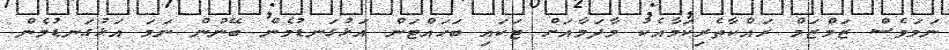
ނަމަވެސް ޒަމްޒަމް ރައްކާތެރިކަމާއެކު މާދަމާއަށް ޓަކައި ބަހައްޓަން އަޅުގަނޑުމެން ބޭނުން ނަމަ އަޅުގަނޑުމެން